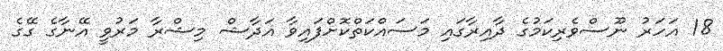
18 އަހަރު ނޫސްވެރިކަމުގެ ދާއިރާގައި މަސައްކަތްކޮށްފައިވާ އަދާޝް މިޝްރާ މަރުވީ އޭނާގެ ގޭގެ